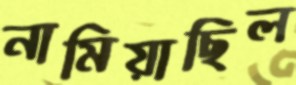
নামিয়াছিল